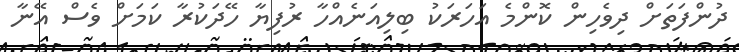
ދުންފަތަށް ދިވެހިން ކޮންމެ އަހަރަކު ބިލިއަނެއްހާ ރުފިޔާ ހޭދަކުރާ ކަމަށް ވެސް އޭނާ